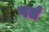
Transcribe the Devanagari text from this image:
पतं